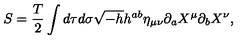
S = \frac { T } { 2 } \int d \tau d \sigma \sqrt { - h } h ^ { a b } \eta _ { \mu \nu } \partial _ { a } X ^ { \mu } \partial _ { b } X ^ { \nu } ,